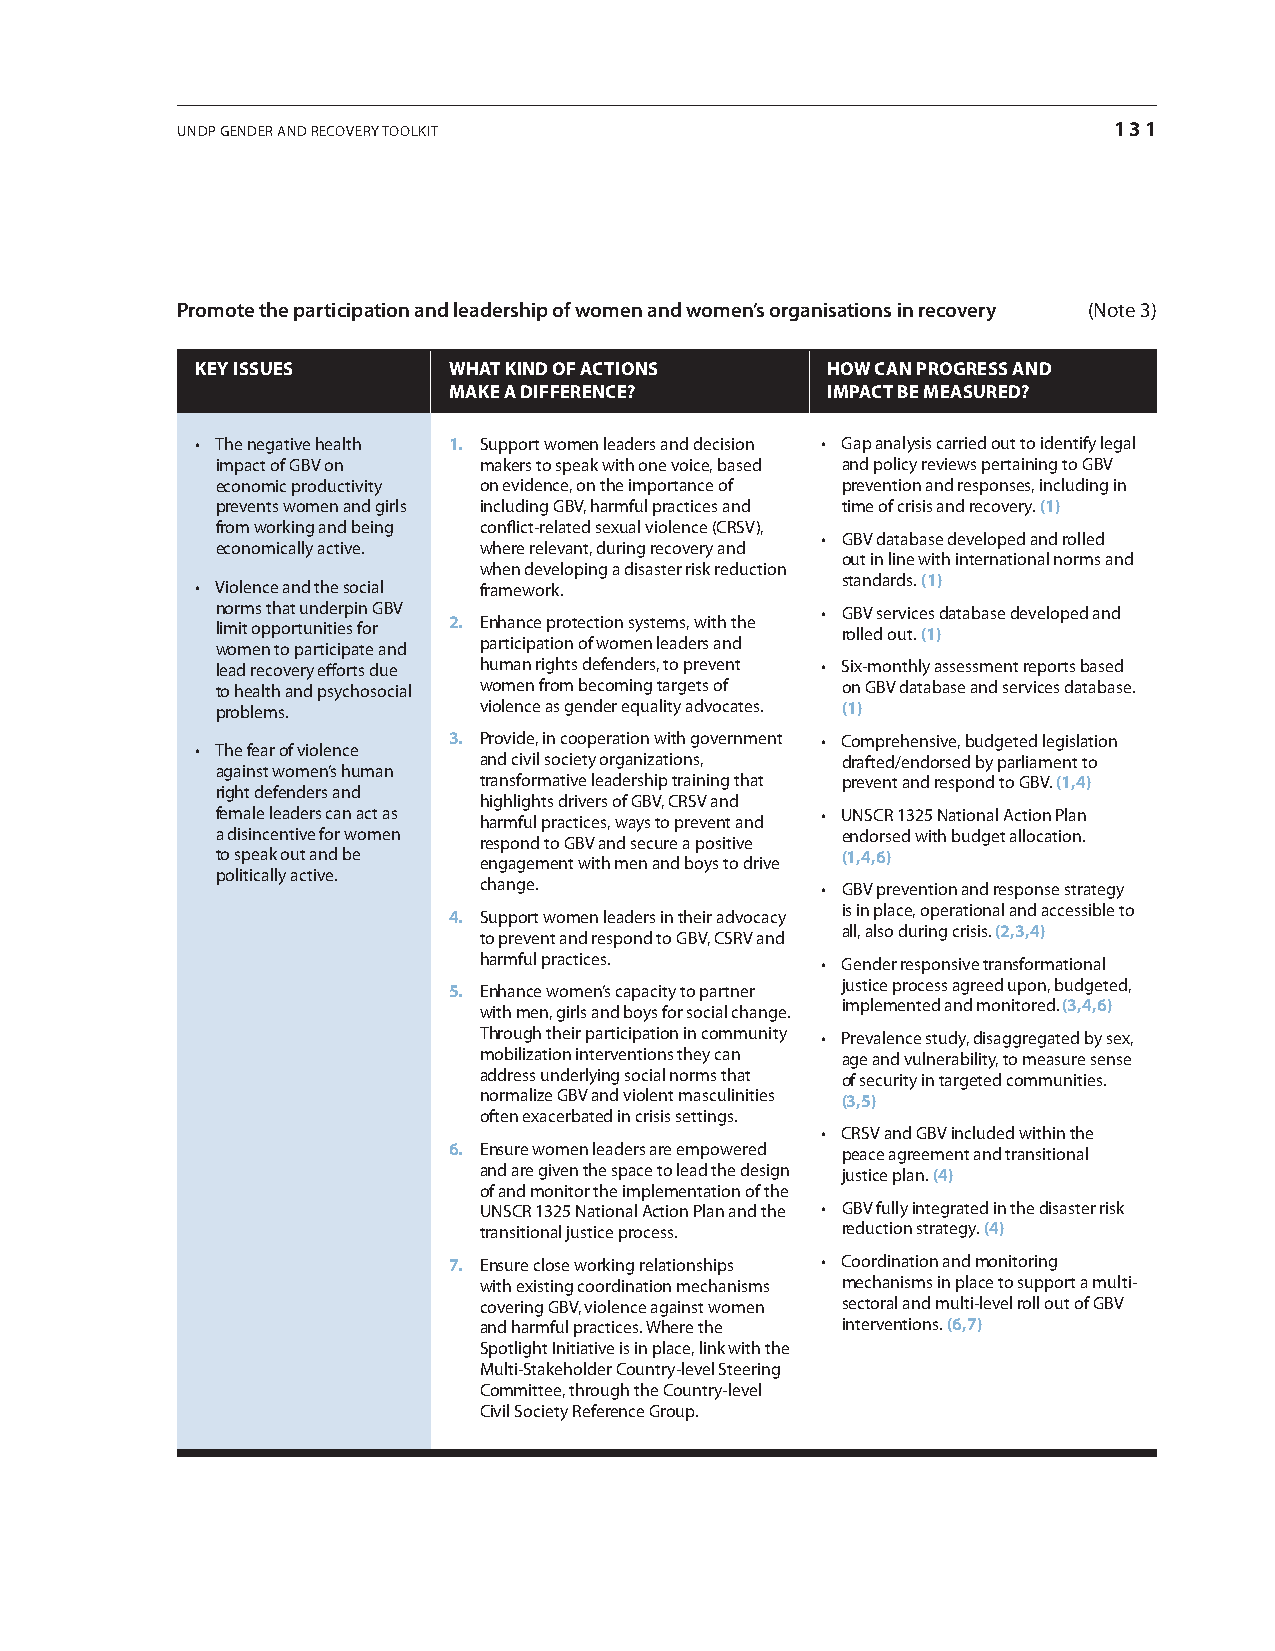
UNDP GeNDer aND recovery toolKit                              131
 Promote the participation and leadership of women and women’s organisations in recovery (Note 3)
 Key issues       What Kind of actions     hoW can proGress and
 maKe a difference?       impact be measured?
 • The negative health 1. Support women leaders and decision • Gap analysis carried out to identify legal
 impact of GBv on  makers to speak with one voice, based and policy reviews pertaining to GBv
 economic productivity on evidence, on the importance of prevention and responses, including in
 prevents women and girls including GBv, harmful practices and time of crisis and recovery. (1)
 from working and being conflict-related sexual violence (crSv),
 • GBV database developed and rolled
 economically active. where relevant, during recovery and
 out in line with international norms and
 when developing a disaster risk reduction
 standards. (1)
 • Violence and the social framework.
 norms that underpin GBv                 • GBV services database developed and
 limit opportunities for 2. enhance protection systems, with the rolled out. (1)
 women to participate and participation of women leaders and
 lead recovery efforts due human rights defenders, to prevent • Six-monthly assessment reports based
 to health and psychosocial women from becoming targets of on GBv database and services database.
 problems.         violence as gender equality advocates. (1)
 3. Provide, in cooperation with government • Comprehensive, budgeted legislation
 • The fear of violence
 and civil society organizations, drafted/endorsed by parliament to
 against women’s human
 transformative leadership training that prevent and respond to GBv. (1,4)
 right defenders and
 highlights drivers of GBv, crSv and
 female leaders can act as               • UNSCR 1325 National Action Plan
 harmful practices, ways to prevent and
 a disincentive for women                  endorsed with budget allocation.
 respond to GBv and secure a positive
 to speak out and be                       (1,4,6)
 engagement with men and boys to drive
 politically active.
 change.               • GBV prevention and response strategy
 is in place, operational and accessible to
 4. Support women leaders in their advocacy
 all, also during crisis. (2,3,4)
 to prevent and respond to GBv, cSrv and
 harmful practices.    • Gender responsive transformational
 justice process agreed upon, budgeted,
 5. enhance women’s capacity to partner
 implemented and monitored. (3,4,6)
 with men, girls and boys for social change.
 through their participation in community • Prevalence study, disaggregated by sex,
 mobilization interventions they can age and vulnerability, to measure sense
 address underlying social norms that of security in targeted communities.
 normalize GBv and violent masculinities (3,5)
 often exacerbated in crisis settings.
 • CRSV and GBV included within the
 6. ensure women leaders are empowered peace agreement and transitional
 and are given the space to lead the design justice plan. (4)
 of and monitor the implementation of the
 UNScr 1325 National action Plan and the • GBV fully integrated in the disaster risk
 transitional justice process. reduction strategy. (4)
 7. ensure close working relationships • Coordination and monitoring
 with existing coordination mechanisms mechanisms in place to support a multi-
 covering GBv, violence against women sectoral and multi-level roll out of GBv
 and harmful practices. Where the interventions. (6,7)
 Spotlight initiative is in place, link with the
 Multi-Stakeholder country-level Steering
 committee, through the country-level
 civil Society reference Group.